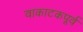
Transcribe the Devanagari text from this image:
वाकाटकपूर्व